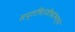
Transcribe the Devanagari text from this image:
सप्तचिरंजीवांमध्ये